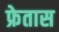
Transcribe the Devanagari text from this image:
फ्रेतास